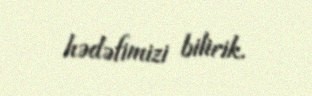
hədəfimizi bilirik.